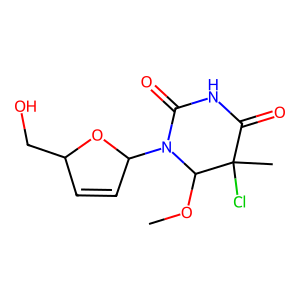
SMILES: COC1N(C2C=CC(CO)O2)C(=O)NC(=O)C1(C)Cl
Inhibits HIV replication: Yes